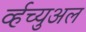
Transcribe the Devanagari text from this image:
र्व्हच्युअल